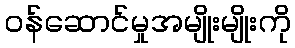
ဝန်ဆောင်မှုအမျိုးမျိုးကို